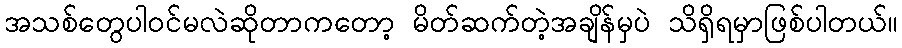
အသစ်တွေပါဝင်မလဲဆိုတာကတော့ မိတ်ဆက်တဲ့အချိန်မှပဲ သိရှိရမှာဖြစ်ပါတယ်။